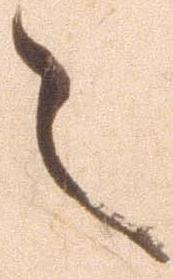
々